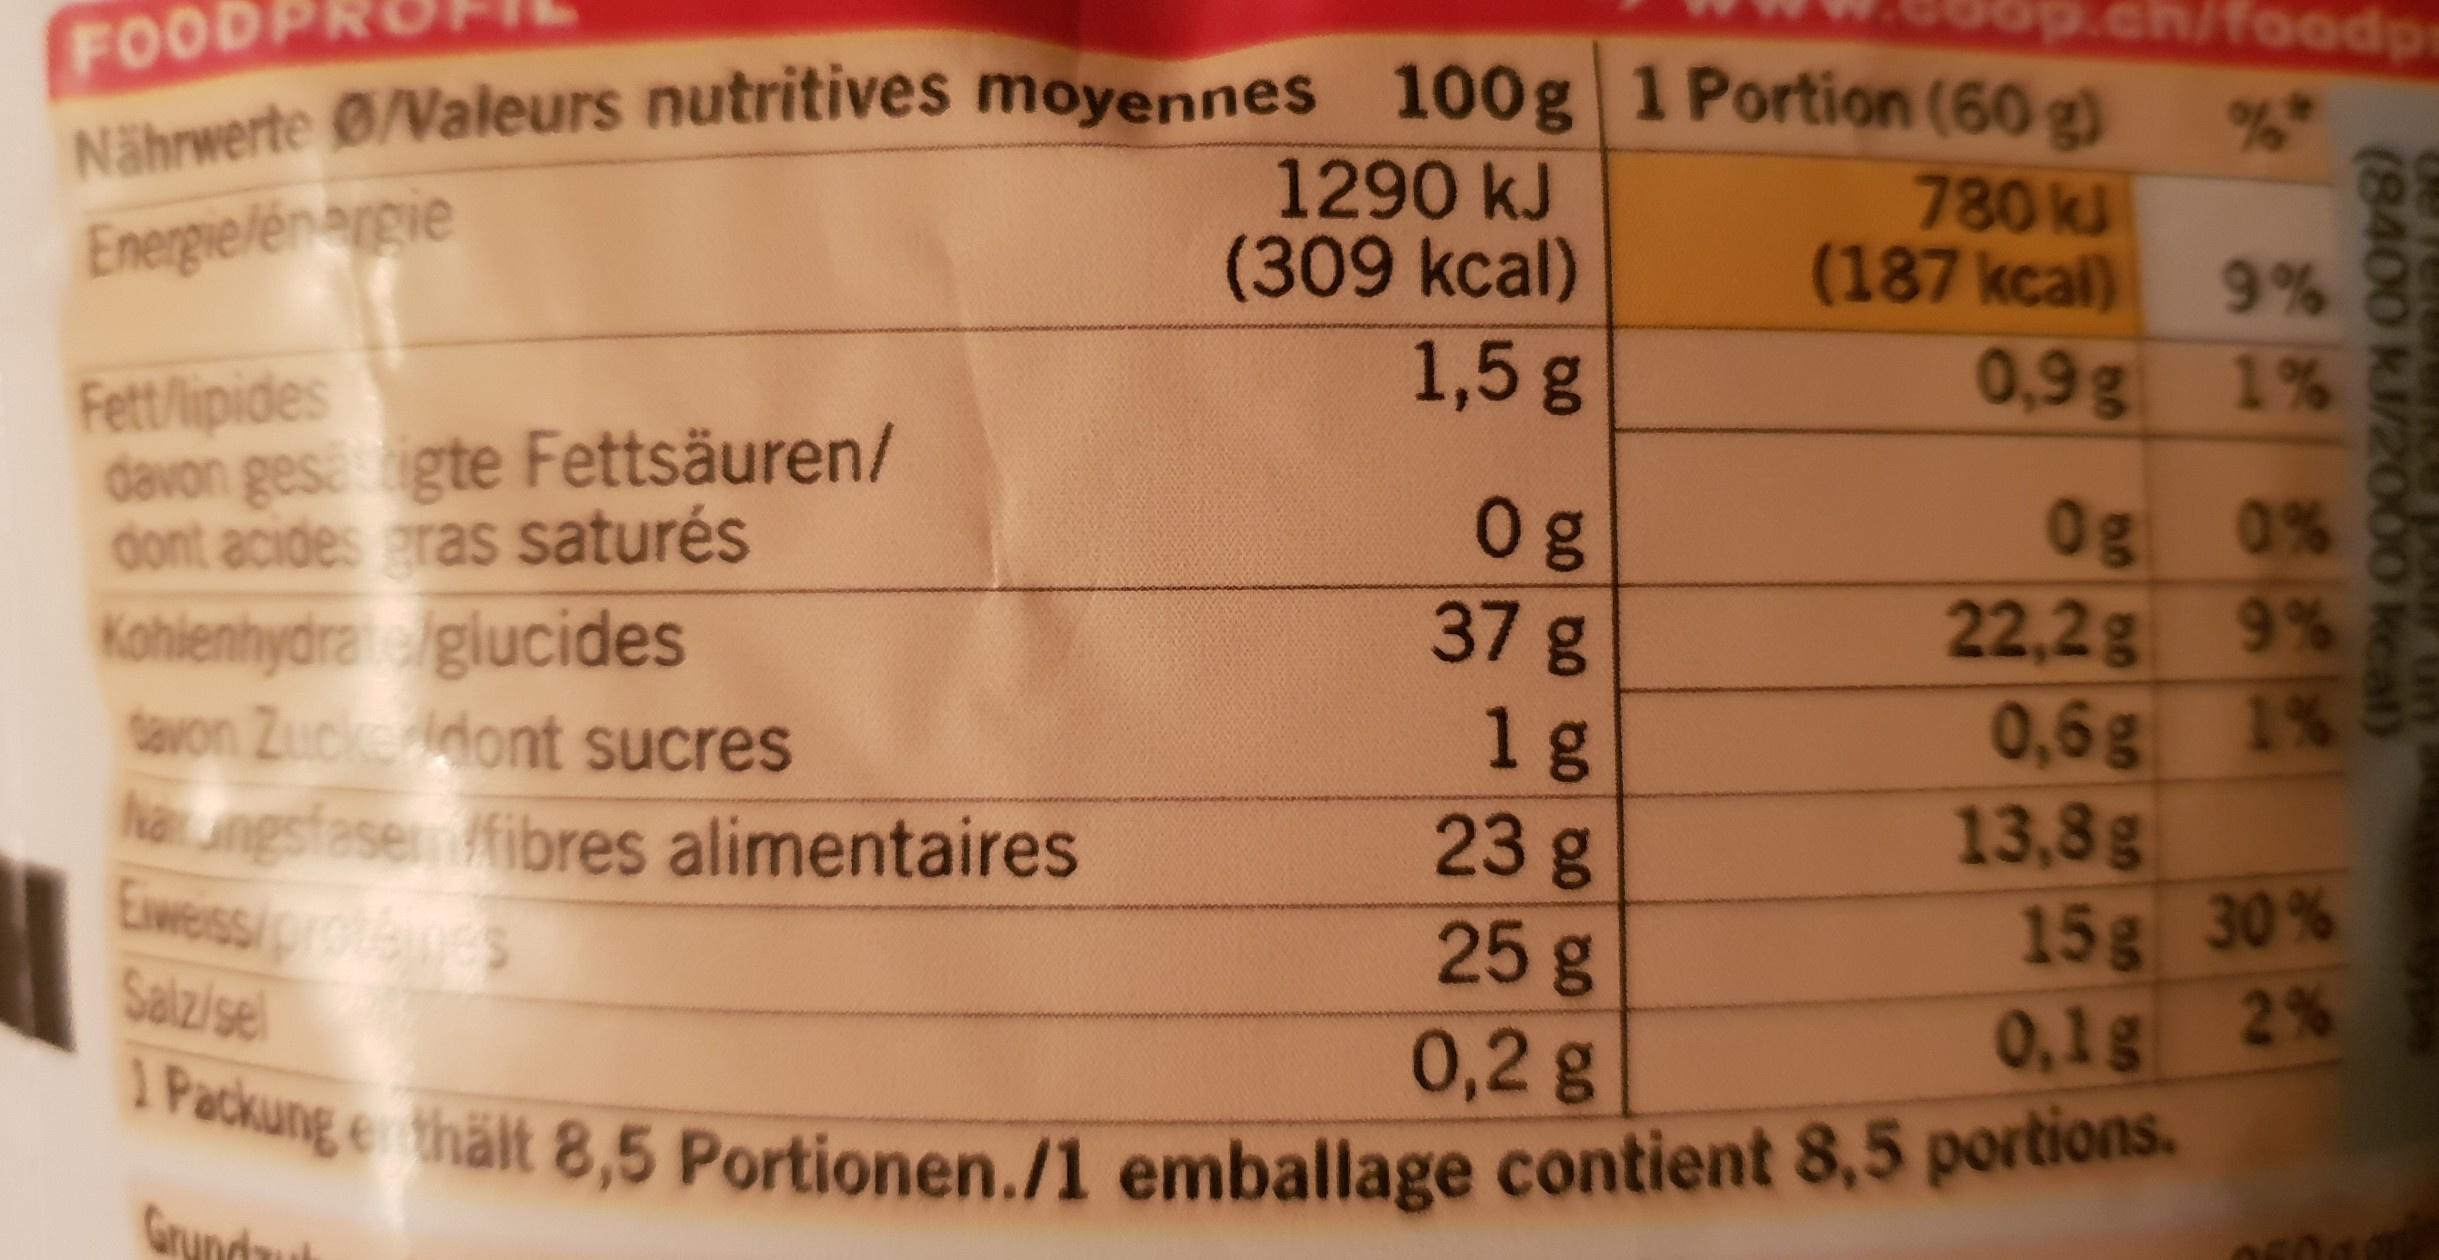
FOOD
Nährwerte 0/Valeurs nutritives moyennes 100g 1 Portion (60 g)
Energielénergie
780 kJ
(187 kcal)
ch/foodpr
%*
1290 kJ
(309 kcal)
1,5 g
Grundaut
9%
0,9g 1%
Fett/lipides
Og
davon gesättigte Fettsäuren/ dont acides gras saturés
37 g
Kohlenhydrate/glucides
1g
davon Zucke dont sucres
23 g
Naxungsfasem/fibres alimentaires
Eweiss/protéines
25 g
15 g 30%
Salz/sel
0,1g 2%
0,2 g
1 Packung ethält 8,5 Portionen./1 emballage contient 8,5 portions.
0g
22,2g
0,6g
13,8g
(8400 kJ/2000 kcal)
0%
9%
1%